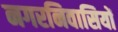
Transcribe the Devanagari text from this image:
नगरनिवासियों